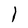
Character: 1